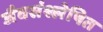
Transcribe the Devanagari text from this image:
जैवसंश्लेषित